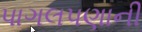
પાગલપણાની